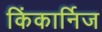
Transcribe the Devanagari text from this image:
किंकार्निज